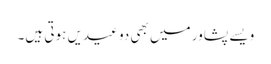
ویسے پشاور میں بھی دو عیدیں ہوتی ہیں۔